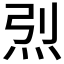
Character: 𱪼